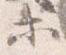
等